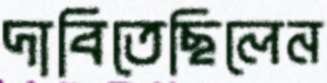
দাবিতেছিলেন